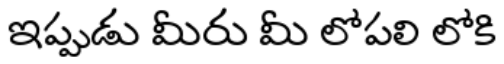
ఇప్పుడు మీరు మీ లోపలి లోకి